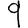
Digit: 9